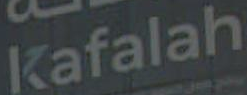
Kafalah